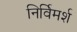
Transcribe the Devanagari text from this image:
निर्विमर्श